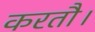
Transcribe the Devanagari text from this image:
करतौ।